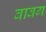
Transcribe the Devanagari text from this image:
वावग